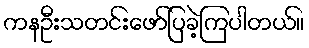
ကနဦးသတင်းဖော်ပြခဲ့ကြပါတယ်။